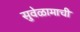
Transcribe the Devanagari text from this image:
सुवेळामाची